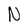
Character: N